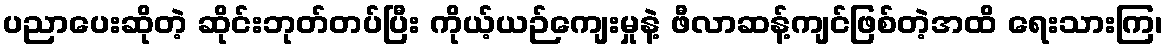
ပညာပေးဆိုတဲ့ ဆိုင်းဘုတ်တပ်ပြီး ကိုယ့်ယဉ်ကျေးမှုနဲ့ ဖီလာဆန့်ကျင်ဖြစ်တဲ့အထိ ရေးသားကြ၊